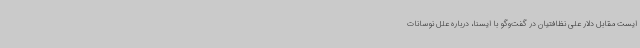
ایست مقابل دلار علی نظافتیان در گفت‌وگو با ایسنا، درباره علل نوسانات